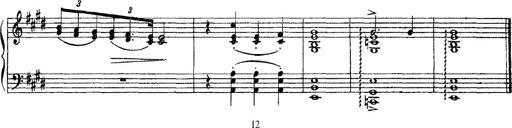
Title: 3 sonetti di Petrarca
Composer: Franz Liszt